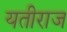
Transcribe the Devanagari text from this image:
यतीराज